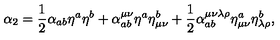
\alpha _ { 2 } = \frac { 1 } { 2 } \alpha _ { a b } \eta ^ { a } \eta ^ { b } + \alpha _ { a b } ^ { \mu \nu } \eta ^ { a } \eta _ { \mu \nu } ^ { b } + \frac { 1 } { 2 } \alpha _ { a b } ^ { \mu \nu \lambda \rho } \eta _ { \mu \nu } ^ { a } \eta _ { \lambda \rho } ^ { b } ,